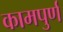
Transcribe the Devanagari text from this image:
कामपुर्ण